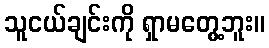
သူငယ်ချင်းကို ရှာမတွေ့ဘူး။